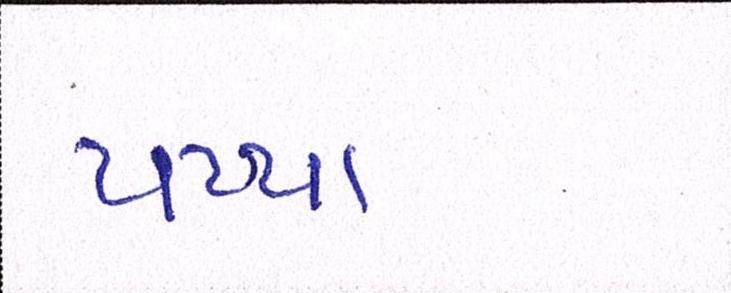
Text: પપ્પા